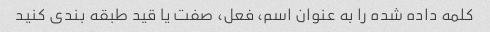
کلمه داده شده را به عنوان اسم، فعل، صفت یا قید طبقه بندی کنید